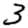
Digit: 3